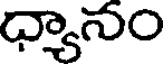
ధ్యానం